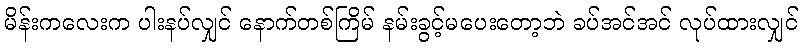
မိန်းကလေးက ပါးနပ်လျှင် နောက်တစ်ကြိမ် နမ်းခွင့်မပေးတော့ဘဲ ခပ်အင်အင် လုပ်ထားလျှင်